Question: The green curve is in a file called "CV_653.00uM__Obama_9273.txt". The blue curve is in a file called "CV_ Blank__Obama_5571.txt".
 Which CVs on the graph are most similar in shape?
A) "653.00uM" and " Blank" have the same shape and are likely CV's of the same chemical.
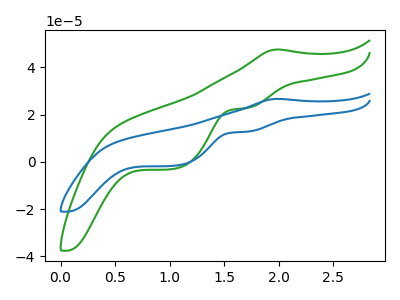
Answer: <think>The green curve "653.00uM" has an anodic peak at (2.00V, 47.55uA) and cathodic peaks at (1.70V, 22.75uA) (1.05V, -2.90uA). The blue curve " Blank" has an anodic peak at (2.00V, 26.65uA) and cathodic peaks at (1.70V, 12.75uA) (1.05V, -1.65uA).
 All the peaks in "653.00uM" have a peak in " Blank" at the same potential.</think>
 <answer>A) "653.00uM" and " Blank" have the same shape and are likely CV's of the same chemical.</answer>
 <eval>A</eval>